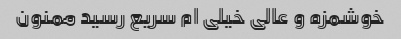
خوشمزه و عالی خیلی ام سریع رسید ممنون